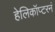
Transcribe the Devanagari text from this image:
हेलिकॉप्टरनं